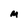
Character: M